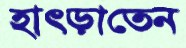
হাৎড়াতেন